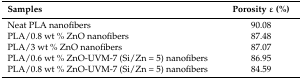
| Samples | Porosity ɛ (%) |
 | --- | --- |
 | Neat PLA nanofibers | 90.08 |
 | PLA/0.8 wt % ZnO nanofibers | 87.48 |
 | PLA/3 wt % ZnO nanofibers | 87.07 |
 | PLA/0.6 wt % ZnO-UVM-7 (Si/Zn = 5) nanofibers | 86.95 |
 | PLA/0.8 wt % ZnO-UVM-7 (Si/Zn = 5) nanofibers | 84.59 |